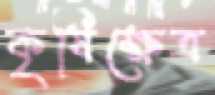
কৃষিক্ষেত্র